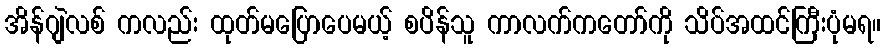
အိန်ဂျဲလစ် ကလည်း ထုတ်မပြောပေမယ့် စပိန်သူ ကာလက်ကတော်ကို သိပ်အထင်ကြီးပုံမရ။